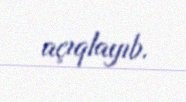
açıqlayıb.